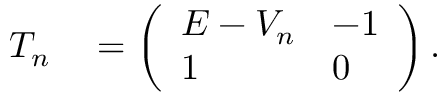
\begin{array} { r l } { T _ { n } } & { { } = \left( \begin{array} { l l } { E - V _ { n } } & { - 1 } \\ { 1 } & { 0 } \end{array} \right) . } \end{array}